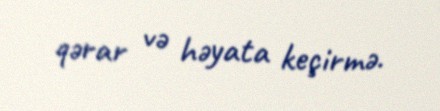
qərar və həyata keçirmə.